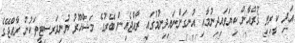
އަދި ކީރިތި ޤުރްއާން ކިޔަވައިދިނުމާއި އުނގަންނައިދިނުމުގައި ރާއްޖެއިން ބޭރުގެ މަޝްހޫރު ޔުނިވަރސިޓީތަކުން ރާއްޖޭގެ